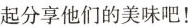
起分享他们的美味吧！